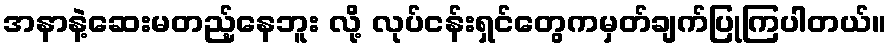
အနာနဲ့ဆေးမတည့်နေဘူး လို့ လုပ်ငန်းရှင်တွေကမှတ်ချက်ပြုကြပါတယ်။